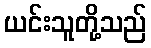
ယင်းသူတို့သည်